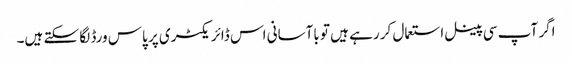
اگر آپ سی پینل استعمال کر رہے ہیں تو باآسانی اس ڈائریکٹری پر پاس ورڈ لگا سکتے ہیں۔